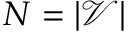
N = | \mathcal { V } |